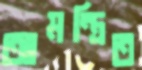
আমন্ত্রিত